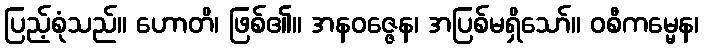
ပြည့်စုံသည်။ ဟောတိ၊ ဖြစ်၏။ အနဝဇ္ဇေန၊ အပြစ်မရှိသော်။ ဝစီကမ္မေန၊